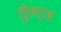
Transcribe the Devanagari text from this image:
चुँगल